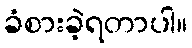
ခံစားခဲ့ရတာပါ။